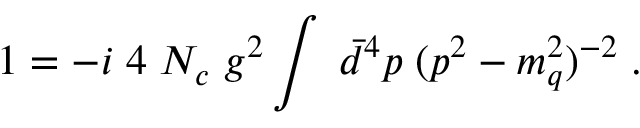
1 = - i \; 4 \; N _ { c } \; g ^ { 2 } \int \; \bar { d } ^ { 4 } p \; ( p ^ { 2 } - m _ { q } ^ { 2 } ) ^ { - 2 } \; .